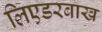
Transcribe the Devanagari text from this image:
लिएडरबाख